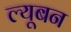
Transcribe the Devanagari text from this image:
ल्यूबन